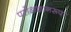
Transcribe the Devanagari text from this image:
परोक्षज्ञानरूपा